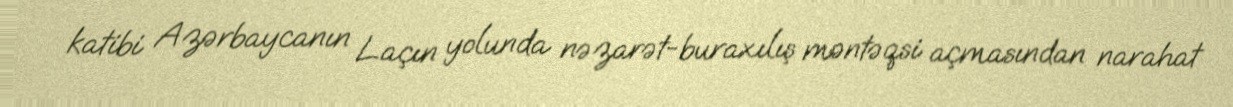
katibi Azərbaycanın Laçın yolunda nəzarət-buraxılış məntəqsi açmasından narahat